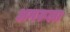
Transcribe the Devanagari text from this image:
अगरूला